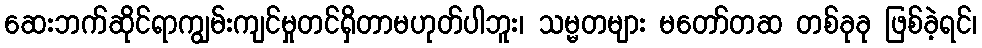
ဆေးဘက်ဆိုင်ရာကျွမ်းကျင်မှုတင်ရှိတာမဟုတ်ပါဘူး၊ သမ္မတများ မတော်တဆ တစ်ခုခု ဖြစ်ခဲ့ရင်၊